Vital statistics of India. Vol. IV, Annual returns from 1871 to 1876. British Army of India, Native Army and jails of Bengal
Year: 1871
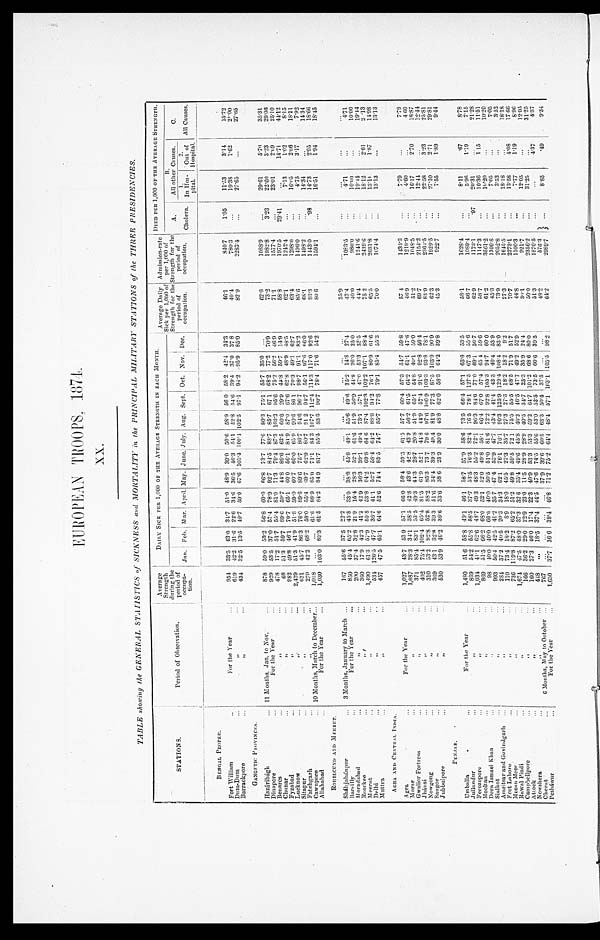
EUROPEAN TROOPS, 1874.
XX.
TABLE showing the GENERAL STATISTICS of SICKNESS and MORTALITY in the PRINCIPAL MILITARY STATIONS of the THREE PRESIDENCIES .
STATIONS.
Period of Observation.
Average
Strength
during the
period of
occupa-
tion.
DAILY SICK PER 1,000 OF THE AVERAGR STRENGTH IN EACH MONTH .
Average Daily
Sick per 1,000 of
Strength for the
period of
occupation.
Admission-rate
per 1,000 of
S t r e n g t h f o r t h e
period of
occupation.
DIED PER 1,000 OF THE AVERAGE STRENGTH.
Jan. F e b .
Ma r .
April .
May.
June. July. Aug. Sept. Oct. Nov. Dec.
A.
B.
All other Causes.
C.
1.
2.
1. Cholera.
All Causes.
In Hos-
pital.
Out of
Hospital.
B E N G A L P R O P E R .
_
Fort William . . .
For the Year
954
33.5
43.0 34.7
5 1 . 0
48.9
39.0 50.6 58.9 5637 .8. 0 58.2 42.4
34.3
46.1
840.7
1.05
11.53
3.14
15.72
Dum-Dum . . .
"
619
42.2 31.6
22.6
34.6
36.5 46.3 54.1
52.8 54.6
39.4
37.0
37..8
40.4
780.3
. . .
19.38
1.62
21.00
Barrackpore . . .
"
434
32.5
13.5
49.7
59.0
67.6 105.4 100.4 102.5
97.1
94.2 95.9
85.0
8 2 . 9
2283.4
. . .
27.65
. . .
27.65
GANGETIC PROVINCES
Hazáribágh . . .
11 Months, Jan. to Nov. . . .
878
59.0
53.2
56.8
60.0
66.8 73.7
77.6
80.3
75.1
55.7 35.0 . . .
6 2 . 6
1088.9
. . .
29.61
5.70
35.31
D i n a p o r e . . .
For the Year . . .
929
53.5
37.0 57.4
78.9
92.7 84.5 83.7
85.7
67 1
68.2
77.2
70.9
73.2
1982.8
3.23
22.60
3.23
29.06
B e m a r e s . . .
" . . .
478
17.2
51.7
55.4 81.0
71.3
79.4 87.3 103.2
95.6 75.2
56.2
46.9
71.1
1577.4
. . .
23.01
2.09
25.10
Chunar . . .
" . . .
68
51.3
59.7 89.6 59.7 44.8 89.6
62.5
60.6 29.9
44.8
59.7
14.9
58.8
1970.5
29.41
. . .
14.71
44.12
F y z a b a d . . .
" . . .
982
49.8
46.1
70.7
65.1
60.0 56.1 84.9, 87.0 67.6
62.8 48.9 48.5
62.1
1242.4
. . .
7.13
1.02
8.15
L u c k n o w . . .
" . . .
2,429
51.3
4 1 . 9 51.8
59.0 60.7 60.0 65.9
90.6
86 1
70.3
49.1
62.7
63.4
1298.0
. . .
16.05
2.06
18.11
S i t a p u r . . .
" . . .
631
45.7 86.3
76.0
89.6
89.6 75.7 86.7 94.6 96.7 98.7
91.1
83.2
85.6
1 496.0
. . . 4.75
3.17
7.92
Fat chgarh . . .
" . . .
279
42.2
68.2
58.0 55.4 69.7
62.9
80.7
91 2
94.7 56.1
97.6 66.0
68.1
1498.2
. . .
14.34
. . .
14.34
Cawnpore . . . 10 Months, March to December . . .
1,018
. . .
. . . 61.6 88.9
85.0 71.1
84.3 107.7 112.4
1 1 4 . 3 117.0 92.6
93.3
1443.0
. 9 8
14.73
2.95
18.66
A l l a h a b a d . . .
1,030
103.0
89.3
61.5
84.2
84 9 81.7 85.5
83.3 90.7
78.4
71.6
54.2
80 6
1594.1
. . .
16.51
1.94
18.45
For the Year . . .
ROHILCUND AND MEERUT.
Sháhjáhánpur . . .
3 Months, January to March . . .
167
55.6 37.5
22.2
. . .
. . .
. . .
. . .
. . .
. . .
. . .
. . .
. . .
35.9
. . .
. . .
. . .
. . .
. . .
Bareilly . . .
For the Year . . .
850
45.4 65.2 45.8 33.0
38.8 45.8 48.1 55.6 49.6
3 5 . 2 14.8
27. 4
42.4
1083.5
. . .
4.71
. . .
4.71
Moradabad . . .
" . . .
200
37.4 32.8 21.9
15.4 28.3
52.1
61.6 51.9
56.9
44.8
26.0 25.0
4 0 . 0
980.0
. . .
10.00
. . .
10.00
Roorkee . . .
" . . .
360
17.9
42.3 41.2
42.9 36.3 39.1
49.4 73.1
57.1
47.0
53.3 35.5
44.4
1 2 4 1 . 6
. . .
1 9 . 4 4
. . . . . .
19.44
Meerut . . .
" . . .
1,490
61.3
57.9
50.8 53.8 64.2
69.8 64.6
87.4 102.3 102.2 107.1
88.4
75 2
2439.6
. . .
18.12
2.01
2 . 1 3
Delhi . . .
" . . .
534
126.5 47.7 36.7
41.1
52.7 58.4 64.2 88.8
94.2
76.1
80.9
61.6
65.5
2031.8
. . .
13.11
1.87
14.98
Muttra . . .
" . . .
457
47.5
65.1
64.6
52.6 74.4 83.5 7
4 . 7 85.7
77.8 79.1
85.4
55.3
70.0
1074.4
. . .
13.13
. . .
13.13
AGRA AND CENTRAL INDIA.
Agra . . .
For the Year . . .
1,027
43.7
53 9
57.1
66.0
58.4 59.5
61.5
57.7
60.4 57.3 54.7
59.8
57 4
1 4 3 4 . 3
. . .
7.79
. . .
7.79
Morar . . .
" . . .
1,087
28.3
34.1
38.5
42.8 43.6 42.8 43.9
56.2
61.5
64.2
61.1
47.6
46.9
1219.9
. . .
4.60
. . .
4 60
Gwalior Fortress . . .
" . . .
3 7 1 85.4 83.1
53.5 49.3 44.3
28.7
20.8
51.9
65.1
54.8 40.1
59.0
51.2
1048.5
. . .
16.17
2.70
18.87
Jhánsi . . .
" . . .
402
75.4 102.4
65.4 81.5
61.9
52.1
44.8
44.9
57.4 91.6
92.8 56.4
69.7
2154.2
. . .
12.44
. . .
12.44
Nowgong . . .
" . . .
310
53.2
92.8
52.8
88.2
85.3 73.7
79.6 97.6 100 9 103.3
93.8
78.1
83.9
2364.5
. . .
22.58
3.23
25.81
Saugor . . .
" . . .
369
43.1
32.8 39 3
51.6 34.4 39.3 49.4
81.9
77.3
8 7 . 5 103.9
90.9
62.3
1929.5
. . .
27.10
2.71
29.81
Jubbulpore . . .
" . . .
530
53.9
46.2 36.6
33.6 38.6
23.9 30.0
48.8
62.0
58.3
64.2 39.8
45.3
922.7
. . .
7.55
1.89
9.44
P U N J A B .
Umballa . . .
For the Year . . .
1,480
51.6 58.8 49.1
46.1 58.7 57.9
58.6
73.5
66.4
57.1
65.6 53.5
58.1
1628.4
. . .
8.11
. 6 7
8.78
J u l l u n d u r . . .
" . . .
839
54.2
55.8 58.5
37.7 53.5
76.3 82.4
76.5 78.1 127.5 67.3
55.6
66.7
1089.4
. . .
5.96
1.19
7.15
Ferozepore . . .
" . . .
1,034
41.1
62.6
48.7
49.3 48.3
55.2 72.1
96.3
84.6
77.0 69.1
50.7
6 2 . 9
1173.1
. 9 7 20.31
. . .
21.28
Mooltan . . .
" . . .
869
51.5 66.2 68.0
52.1
52.0 49.8
58.1
66.4 67.0
57.4 65 4
59.6
58.7
1147.3
. . .
1 0 . 3 6
1 15
11.51
Dera Ismael Khan . . .
" . . .
98
40.0 40.0 60.0
40.0
50.5
51.0 81.6
72.2
92.8 105.3 94.7
60.0
61.2
3561.2
. . .
10.20
. . .
1 0 . 2 0
Sialkot . . .
" . . .
9 9 3 50.4
42.5
41.2 35 7 47.4 53.9
47.7
43.4 41.4
43.3
40.4 53.9
4 5 . 3
1109.8
. . .
7.05
. . .
7.05
Amritsar and Govindgarh . . .
" . . .
284
37.2 40.5
20.3 34.3 62.1
76.1
76.1
90.3 125.9 129.4 108.4 83.0
73.9
2052.8
. . .
3.52
. . .
3.52
Fort Lahore . . .
" . . .
1 1 0 73.4
18.2
8.9
18.0 45.5
27.3
35.7
27.3
27.3
18.2
18.2
9.2
27.3
1645.5
. . .
18 .18
. . .
18.18
Meean Meer. . .
" . . .
736
119.8 87.2 65.2
51.2
49.8
59.5 72 1
75.5
55.5 68.5 71.9
51.7
70.7
2273.1
. . .
13.58
4.08
17 66
Rawal Pindi . . .
" . . .
1,674
47.5
48.0 37.3
32 6
35.4 49.0
45.8 40.2 46.5
47.7 49.2
52.9
44.8
1100.3
. . .
7.77
1.19
8 . 9 6
Campbellpore . . .
" . . .
166
36.2
29.0
22.9
23.0
11.5
28.9
28.9
40.5 34.7
23.3 35.9
24.4
30.1
921.7
. . .
12.05
. . .
12.05
Attock . . .
" . . .
160
27.3
46.0
17.4
22.3 40.9
53.3
53.3
59.2
64.7 101.2 68.6 80.0
50.0
2356.2
. . .
31.25
. . .
31.25
N o w s h e r a . . .
" . . .
448
. . .
18.5
37.4 44.5
47.6
74.5
55.6 53.0 52.5
73.5
60.6 39.5
51.3
1870.5
. . .
. . .
4.37
4.37
Cherat . . .
6 Months, May to October . . .
767
. . .
. . .
. . .
. . .
37.9 39.6
60.5
63.3
50.4
37.5
. . .
. . .
48.2
576.3 . . .
8.85
. 4 9
9.34
Pesháwur . . .
1,650
37.7 36.6 39.4
46.8
71.2
75.2 64.4 48.4 57.1 103.1 105.5 98.2
64.2
2989.7
For the Year . . .